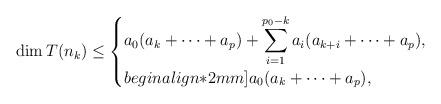
LaTeX: \begin{align*}\dim T(n_{k}) \le\begin{cases}\displaystyle a_0(a_{k}+\dots+a_p)+\sum_{i=1}^{p_0-k} a_i(a_{k+i}+\dots+a_p), & \\begin{align*}2mm] a_0(a_{k}+\dots+a_p), & \end{cases}\end{align*}